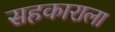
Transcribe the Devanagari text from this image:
सहकाराला